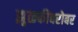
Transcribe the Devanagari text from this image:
झुळकीबरोबर